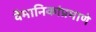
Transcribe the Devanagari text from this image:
वैमानिकांप्रमाणे